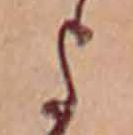
よ